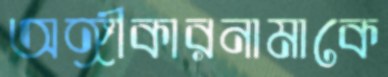
অঙ্গীকারনামাকে